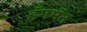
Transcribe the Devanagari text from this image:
हँगमॅन